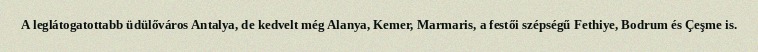
A leglátogatottabb üdülőváros Antalya, de kedvelt még Alanya, Kemer, Marmaris, a festői szépségű Fethiye, Bodrum és Çeşme is.